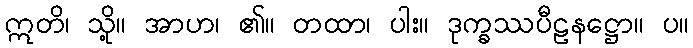
ဣတိ၊ သို့။ အာဟ၊ ၏။ တထာ၊ ပါး။ ဒုက္ခဿပီဠနဋ္ဌော။ ပ။